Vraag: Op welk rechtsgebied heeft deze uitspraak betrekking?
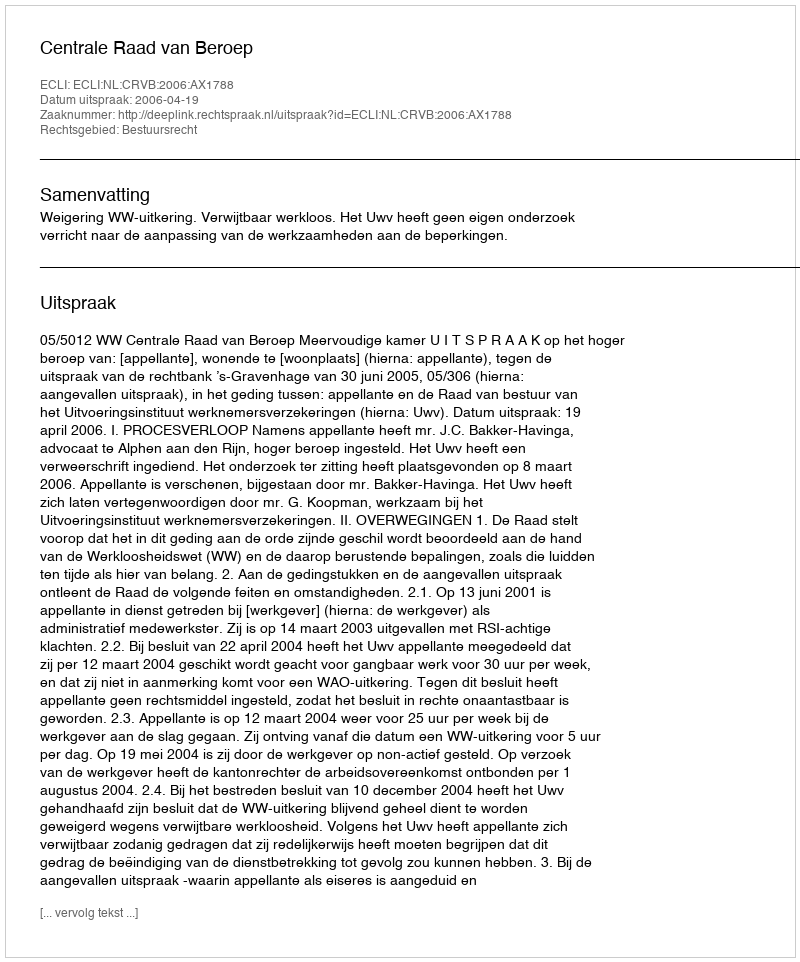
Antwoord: Bestuursrecht